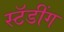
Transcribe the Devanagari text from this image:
स्टॅडींग